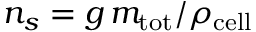
n _ { s } = g \, m _ { \mathrm { t o t } } / \rho _ { \mathrm { c e l l } }